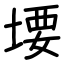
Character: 㙘